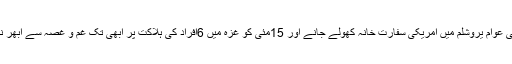
کیونکہ فلسطینی عوام یروشلم میں امریکی سفارت خانہ کھولے جانے اور 15مئی کو غزہ میں 6افراد کی ہلاکت پر ابھی تک غم و غصہ سے ابھر نہیں سکے ہیں۔